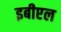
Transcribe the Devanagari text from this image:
इबीएल